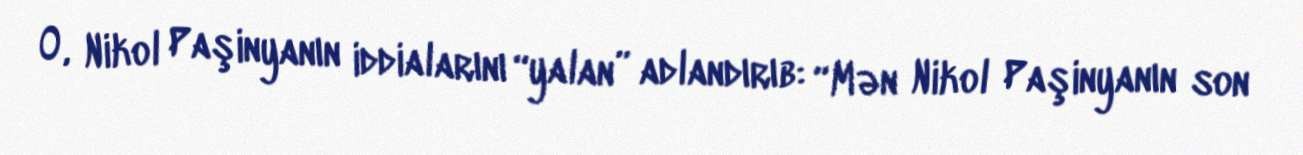
O, Nikol Paşinyanın iddialarını “yalan” adlandırıb: “Mən Nikol Paşinyanın son